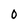
Character: 0